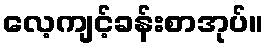
လေ့ကျင့်ခန်းစာအုပ်။